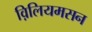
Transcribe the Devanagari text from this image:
व़िलियमसन